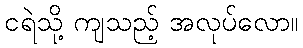
ငရဲသို့ ကျသည့် အလုပ်လော။